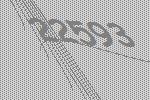
22593